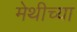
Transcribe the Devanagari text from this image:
मेथीच्या